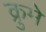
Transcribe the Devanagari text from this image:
क्रुमे